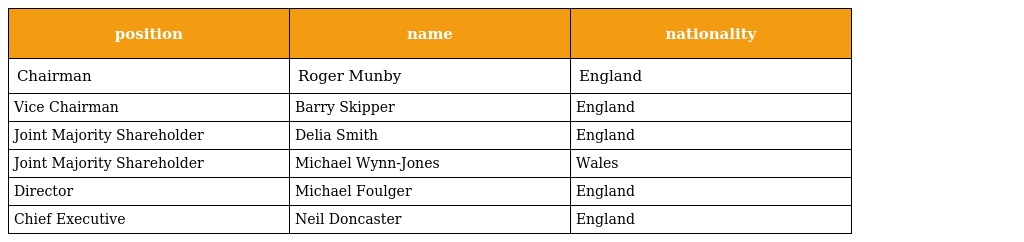
| position | name | nationality |
 | --- | --- | --- |
 | Chairman | Roger Munby | England |
 | Vice Chairman | Barry Skipper | England |
 | Joint Majority Shareholder | Delia Smith | England |
 | Joint Majority Shareholder | Michael Wynn-Jones | Wales |
 | Director | Michael Foulger | England |
 | Chief Executive | Neil Doncaster | England |